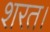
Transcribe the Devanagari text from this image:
शरत।